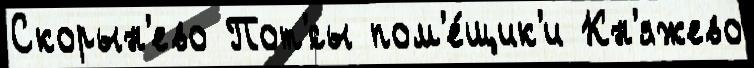
Скорын'ево Пот'́сы пом'е́щик'и Кн'яжево